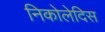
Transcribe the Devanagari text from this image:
निकोलेदिस